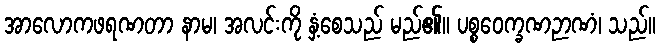
အာလောကဖရဏတာ နာမ၊ အလင်းကို နှံ့စေသည် မည်၏။ ပစ္စဝေက္ခဏဉာဏံ၊ သည်။